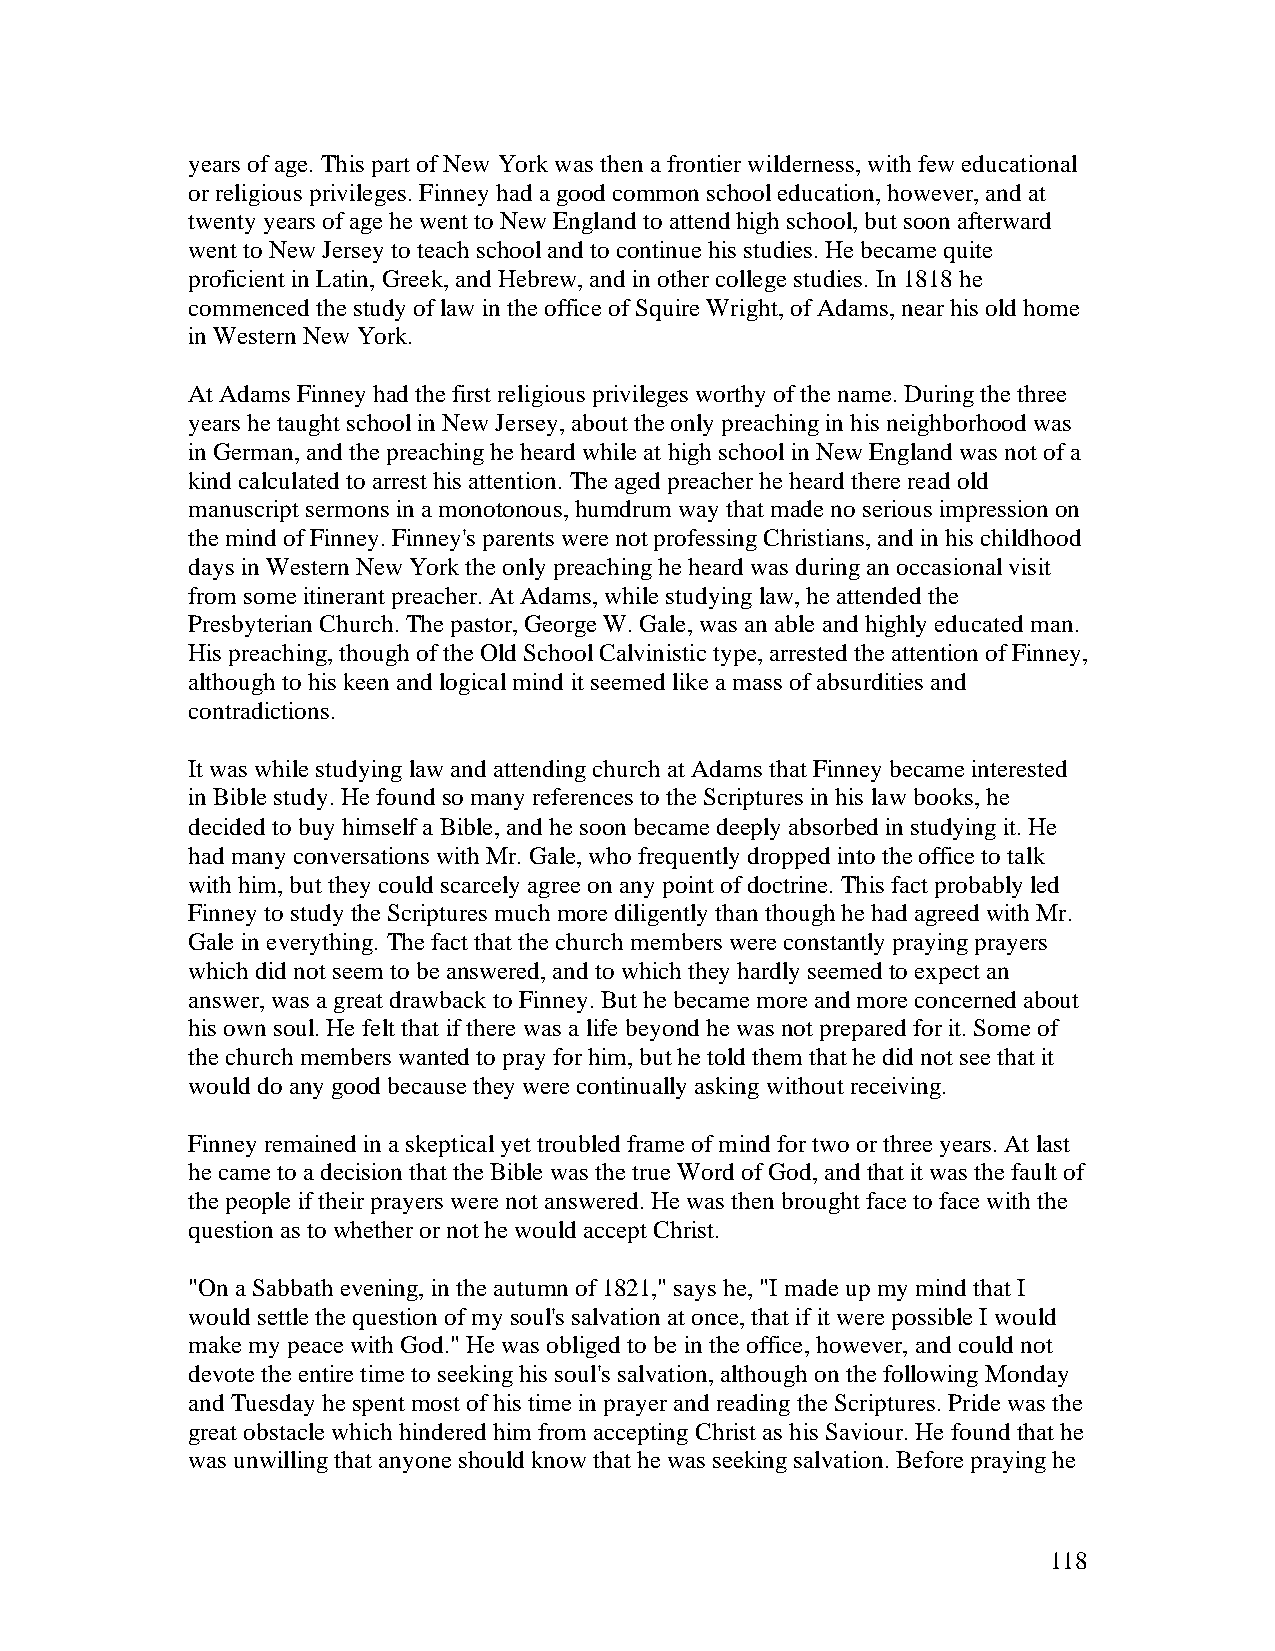
years of age. This part of New York was then a frontier wilderness, with few educational
 or religious privileges. Finney had a good common school education, however, and at
 twenty years of age he went to New England to attend high school, but soon afterward
 went to New Jersey to teach school and to continue his studies. He became quite
 proficient in Latin, Greek, and Hebrew, and in other college studies. In 1818 he
 commenced the study of law in the office of Squire Wright, of Adams, near his old home
 in Western New York.
 At Adams Finney had the first religious privileges worthy of the name. During the three
 years he taught school in New Jersey, about the only preaching in his neighborhood was
 in German, and the preaching he heard while at high school in New England was not of a
 kind calculated to arrest his attention. The aged preacher he heard there read old
 manuscript sermons in a monotonous, humdrum way that made no serious impression on
 the mind of Finney. Finney's parents were not professing Christians, and in his childhood
 days in Western New York the only preaching he heard was during an occasional visit
 from some itinerant preacher. At Adams, while studying law, he attended the
 Presbyterian Church. The pastor, George W. Gale, was an able and highly educated man.
 His preaching, though of the Old School Calvinistic type, arrested the attention of Finney,
 although to his keen and logical mind it seemed like a mass of absurdities and
 contradictions.
 It was while studying law and attending church at Adams that Finney became interested
 in Bible study. He found so many references to the Scriptures in his law books, he
 decided to buy himself a Bible, and he soon became deeply absorbed in studying it. He
 had many conversations with Mr. Gale, who frequently dropped into the office to talk
 with him, but they could scarcely agree on any point of doctrine. This fact probably led
 Finney to study the Scriptures much more diligently than though he had agreed with Mr.
 Gale in everything. The fact that the church members were constantly praying prayers
 which did not seem to be answered, and to which they hardly seemed to expect an
 answer, was a great drawback to Finney. But he became more and more concerned about
 his own soul. He felt that if there was a life beyond he was not prepared for it. Some of
 the church members wanted to pray for him, but he told them that he did not see that it
 would do any good because they were continually asking without receiving.
 Finney remained in a skeptical yet troubled frame of mind for two or three years. At last
 he came to a decision that the Bible was the true Word of God, and that it was the fault of
 the people if their prayers were not answered. He was then brought face to face with the
 question as to whether or not he would accept Christ.
 "On a Sabbath evening, in the autumn of 1821," says he, "I made up my mind that I
 would settle the question of my soul's salvation at once, that if it were possible I would
 make my peace with God." He was obliged to be in the office, however, and could not
 devote the entire time to seeking his soul's salvation, although on the following Monday
 and Tuesday he spent most of his time in prayer and reading the Scriptures. Pride was the
 great obstacle which hindered him from accepting Christ as his Saviour. He found that he
 was unwilling that anyone should know that he was seeking salvation. Before praying he
 118